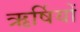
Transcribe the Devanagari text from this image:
ऋर्षियों